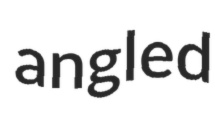
angled